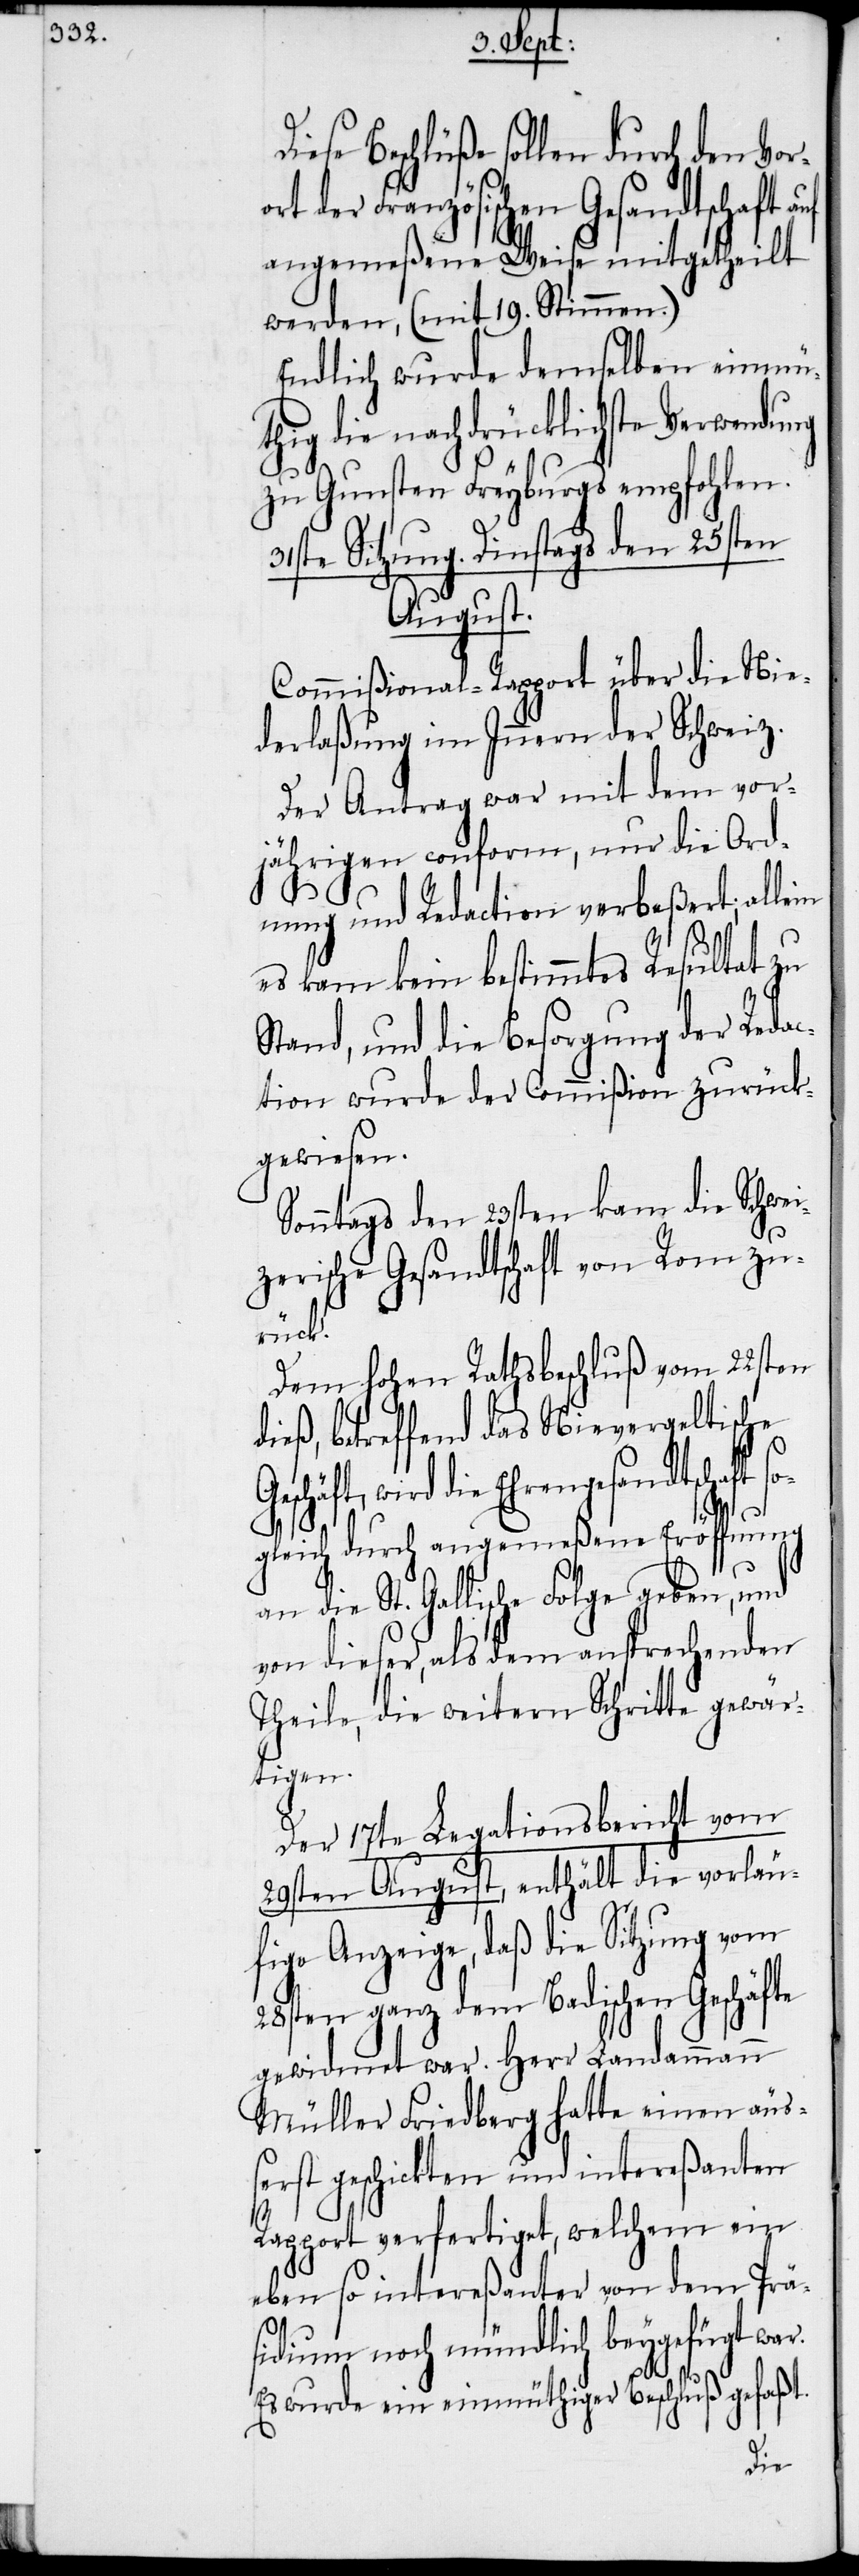
se Beschlüße sollen durch den Vor¬
rt der Französischen Gesandtschaft auf
angemeßene Weise mitgetheilt
werden, (mit 19. Stimmen.)
Endlich wurde demselben einmü¬
thig die nachdrücklichste Verwendung
zu Gunsten Freyburgs empfohlen.
31ste Sitzung. Dinstags den 25sten
August.
Commißional-Rapport über die Nie¬
derlaßung im Innern der Schweiz.
Der Antrag war mit dem vor¬
jährigen conform, nur die Ord¬
nung und Redaction verbeßert; allein
es kam kein bestimmtes Resultat zu
Stand, und die Besorgung der Reda¬
ction wurde der Commißion zurück¬
gewiesen.
Sonntags den 23sten kam die Schwei¬
zerische Gesandtschaft von Rom zu¬
rück.
Dem hohen Rathsbeschluß vom 22sten
ieß, betreffend das Nievergeltische
eschäft, wird die Ehrengesandtschaft so¬
G¬
gleich durch angemeßene Eröffnung
die St. Gallische Folge geben, und
von dieser, als dem ansprechenden
Theile, die weitern Schritte gewär¬
tigen.
Der 17te Legationsbericht vom
29sten August, enthält die vorläu¬
fige Anzeige, daß die Sitzung vom
28sten ganz dem Badischen Geschäfte
gewidmet war. Herr Landammann
Müller Friedberg hatte einen äu¬
ßerst geschickten und intereßanten
Rapport verfertiget, welchem ein
eben so intereßanter von dem Präs¬
idium noch mündlich beygefügt war.
Es wurde ein einmüthiger Beschluß gefaßt.
Die¬